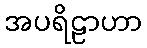
အပရိဠာဟာ